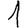
Digit: 1